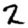
Digit: 2